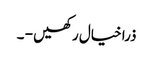
ذرا خیال رکھیں - ۔